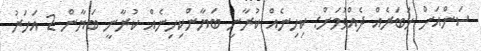
ސަންއަށް ޚަބަރެއް ދެއްވުމަށް: ކިހިނެއް ކުރާނީ ބަޔާންކިހިނެއް ކުރާނީ ބަޔާން 2 އަހަރު